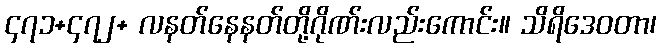
၄၇၁+၄၇၂+ လနတ်နေနတ်တို့ဂိုဏ်းလည်းကောင်း။ သိရိဒေဝတာ၊